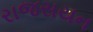
રાજસયન